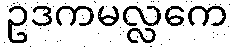
ဥဒကမလ္လကေ